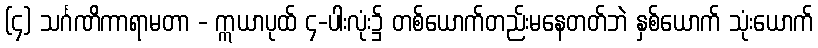
(၄) သင်္ဂဏိကာရာမတာ - ဣယာပုထ် ၄-ပါးလုံး၌ တစ်ယောက်တည်းမနေတတ်ဘဲ နှစ်ယောက် သုံးယောက်